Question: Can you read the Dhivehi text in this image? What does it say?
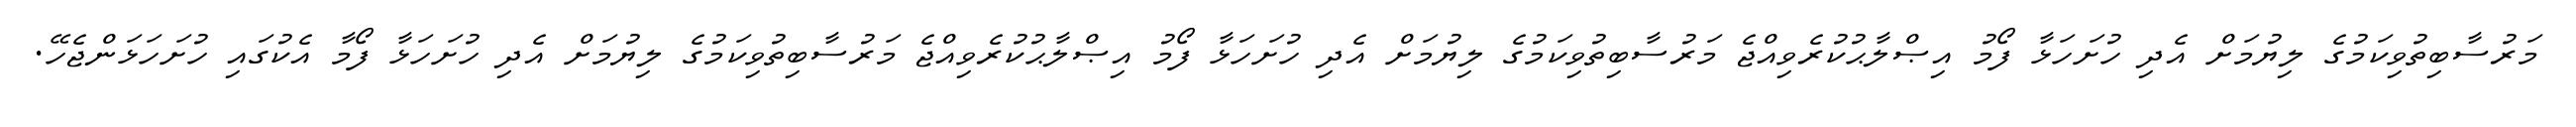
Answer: މަރުސާބިތުވިކަމުގެ ލިޔުމަށް އެދި ހުށަހަޅާ ފޯމު އިޞްލާޙުކުރެވިއްޖެ މަރުސާބިތުވިކަމުގެ ލިޔުމަށް އެދި ހުށަހަޅާ ފޯމު އިޞްލާޙުކުރެވިއްޖެ މަރުސާބިތުވިކަމުގެ ލިޔުމަށް އެދި ހުށަހަޅާ ފޯމާ އެކުގައި ހުށަހަޅަންޖެހޭ.